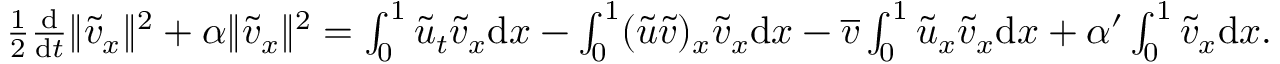
\begin{array} { r } { \frac 1 2 \frac { \mathrm { d } } { \mathrm { d } t } \| { \tilde { v } } _ { x } \| ^ { 2 } + \alpha \| { \tilde { v } } _ { x } \| ^ { 2 } = \int _ { 0 } ^ { 1 } { \tilde { u } } _ { t } { \tilde { v } } _ { x } { \mathrm { d } x } - \int _ { 0 } ^ { 1 } ( { \tilde { u } } { \tilde { v } } ) _ { x } { \tilde { v } } _ { x } { \mathrm { d } x } - \overline { { v } } \int _ { 0 } ^ { 1 } { \tilde { u } } _ { x } { \tilde { v } } _ { x } { \mathrm { d } x } + \alpha ^ { \prime } \int _ { 0 } ^ { 1 } { \tilde { v } } _ { x } { \mathrm { d } x } . } \end{array}